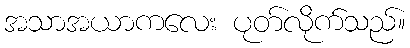
အသာအယာကလေး ပုတ်လိုက်သည်။